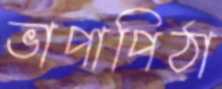
ভাপাপিঠা